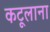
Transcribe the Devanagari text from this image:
कटूलाना